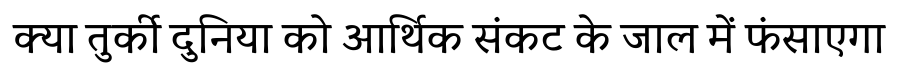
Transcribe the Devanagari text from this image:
क्या तुर्की दुनिया को आर्थिक संकट के जाल में फंसाएगा